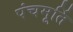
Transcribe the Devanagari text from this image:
पंचमूर्ति